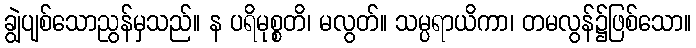
ချွဲပျစ်သောညွန်မှသည်။ န ပရိမုစ္စတိ၊ မလွတ်။ သမ္ပရာယိကာ၊ တမလွန်၌ဖြစ်သော။